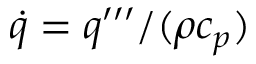
\dot { q } = q ^ { \prime \prime \prime } / ( \rho c _ { p } )